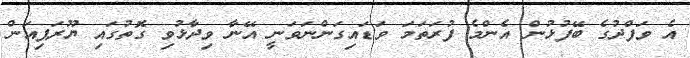
އެ ވަފްދުގެ ބޭފުޅުން އެންމެ ފުރަތަމަ ވަޑައިގަންނަވަނީ އޭނާ ވިދާޅުވި ގޮތުގައި ޔޫރަޕިއަން